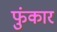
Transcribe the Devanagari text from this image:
फुंकार